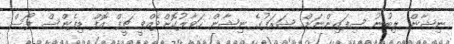
ނިޝާން ލިބުނު ސިފައިންނަށް ޝަރަފުގެ ނިޝާން ހަވާލުކޮށްދެއްވީ ޗީފް އޮފް ޑިފެންސް ފޯސް